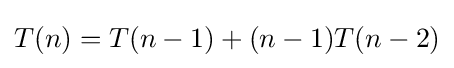
T(n)=T(n-1)+(n-1)T(n-2)